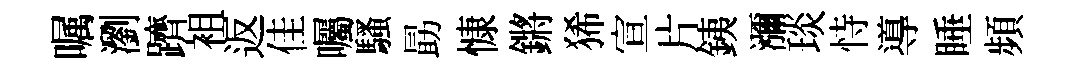
嘱瀏躋袓返佳囑騷勗慷鏘狶宣片銕瀰琰恃導睡頻